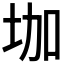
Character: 𡊗